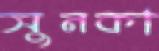
সুনকা